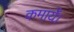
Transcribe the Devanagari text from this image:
कमायेँ।